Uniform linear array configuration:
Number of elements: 4
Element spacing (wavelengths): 0.25
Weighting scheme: exponential
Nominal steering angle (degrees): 15
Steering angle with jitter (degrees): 14.697
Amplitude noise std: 0.05
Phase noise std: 0.05

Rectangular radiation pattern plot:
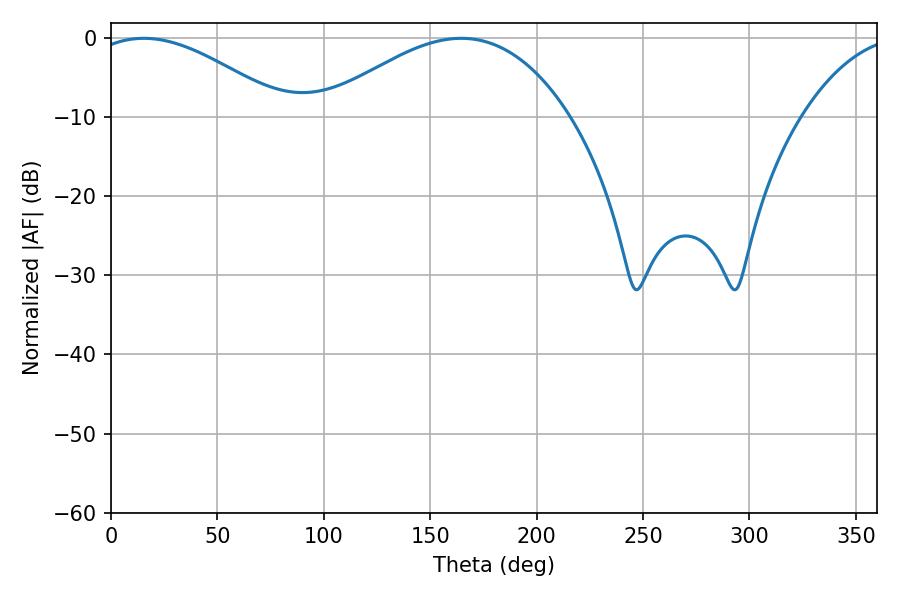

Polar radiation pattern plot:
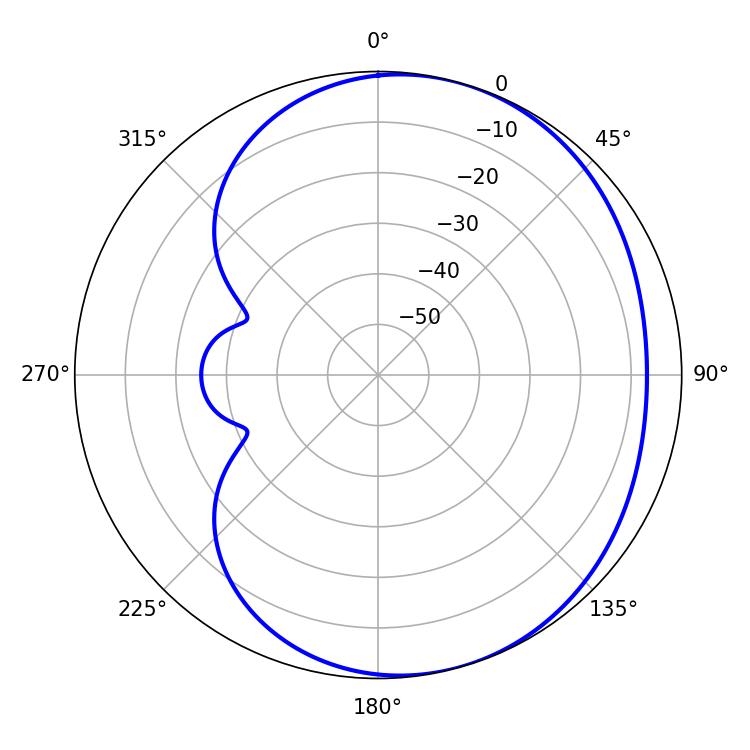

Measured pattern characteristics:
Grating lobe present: FALSE
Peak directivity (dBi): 3.963
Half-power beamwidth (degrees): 50.58
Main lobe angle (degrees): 15.48